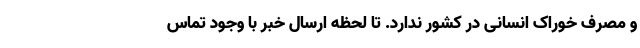
و مصرف خوراک انسانی در کشور ندارد. تا لحظه ارسال خبر با وجود تماس